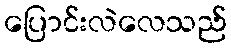
ပြောင်းလဲလေသည်